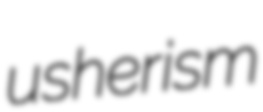
usherism